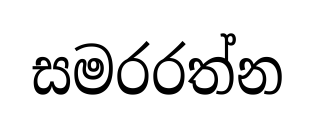
සමරරත්න